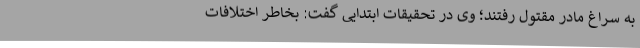
به سراغ مادر مقتول رفتند؛ وی در تحقیقات ابتدایی گفت‌: بخاطر اختلافات